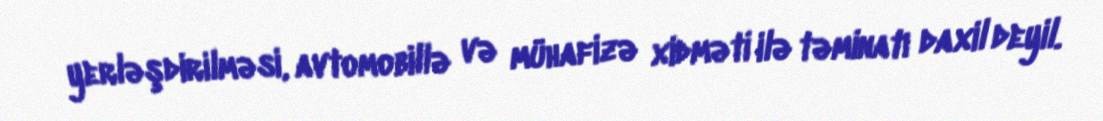
yerləşdirilməsi, avtomobillə və mühafizə xidməti ilə təminatı daxil deyil.